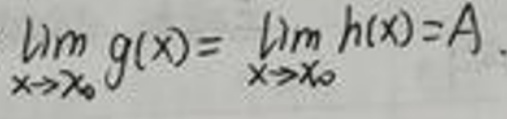
\[
\lim_{x \to x_0} g(x) = \lim_{x \to x_0} h(x) = A
\]